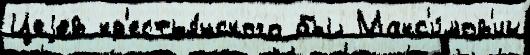
Цеjев кр'естья́нского был Макс'и́мов'ич